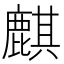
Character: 麒